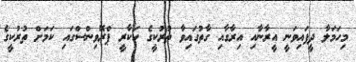
މިހަމަލާ ދީފައިވަނީ އީރާނާއި އިރާގާއި ގާތުގައިވާ ތުރުކީގެ ހަކާރީ ޕްރޮވިންސްގައި ކަމަށް ތުރުކީގެ